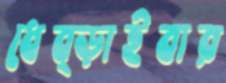
ধেব্‌ড়াইবার